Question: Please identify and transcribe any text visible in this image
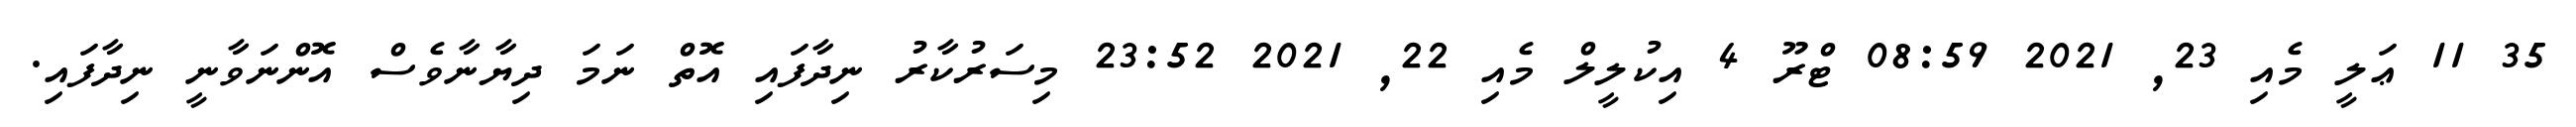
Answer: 35 11 ޢަލީ މެއި 23, 2021 08:59 ޓްރޫ 4 އިކުލީލް މެއި 22, 2021 23:52 މިސަރުކާރު ނިދާފައި އޮތް ނަމަ ދިޔާނާވެސް އޮންނަވާނީ ނިދާފައި.